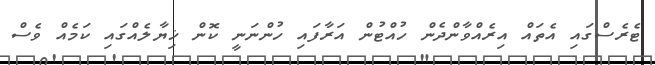
ޓެރެސްގައި އެތައް އިރެއްވާންދެން ހުއްޓުން އަރާފައި ހުންނަނީ ކޮން ޚިޔާލެއްގައި ކަމެއް ވެސް